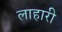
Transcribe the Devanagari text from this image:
लाहारी